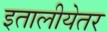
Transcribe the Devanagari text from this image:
इतालीयेतर